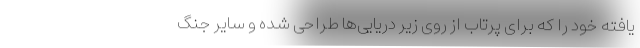
یافته خود را که برای پرتاب از روی زیر دریایی‌ها طراحی شده و سایر جنگ